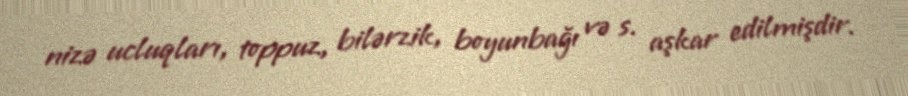
nizə ucluqları, toppuz, bilərzik, boyunbağı və s. aşkar edilmişdir.